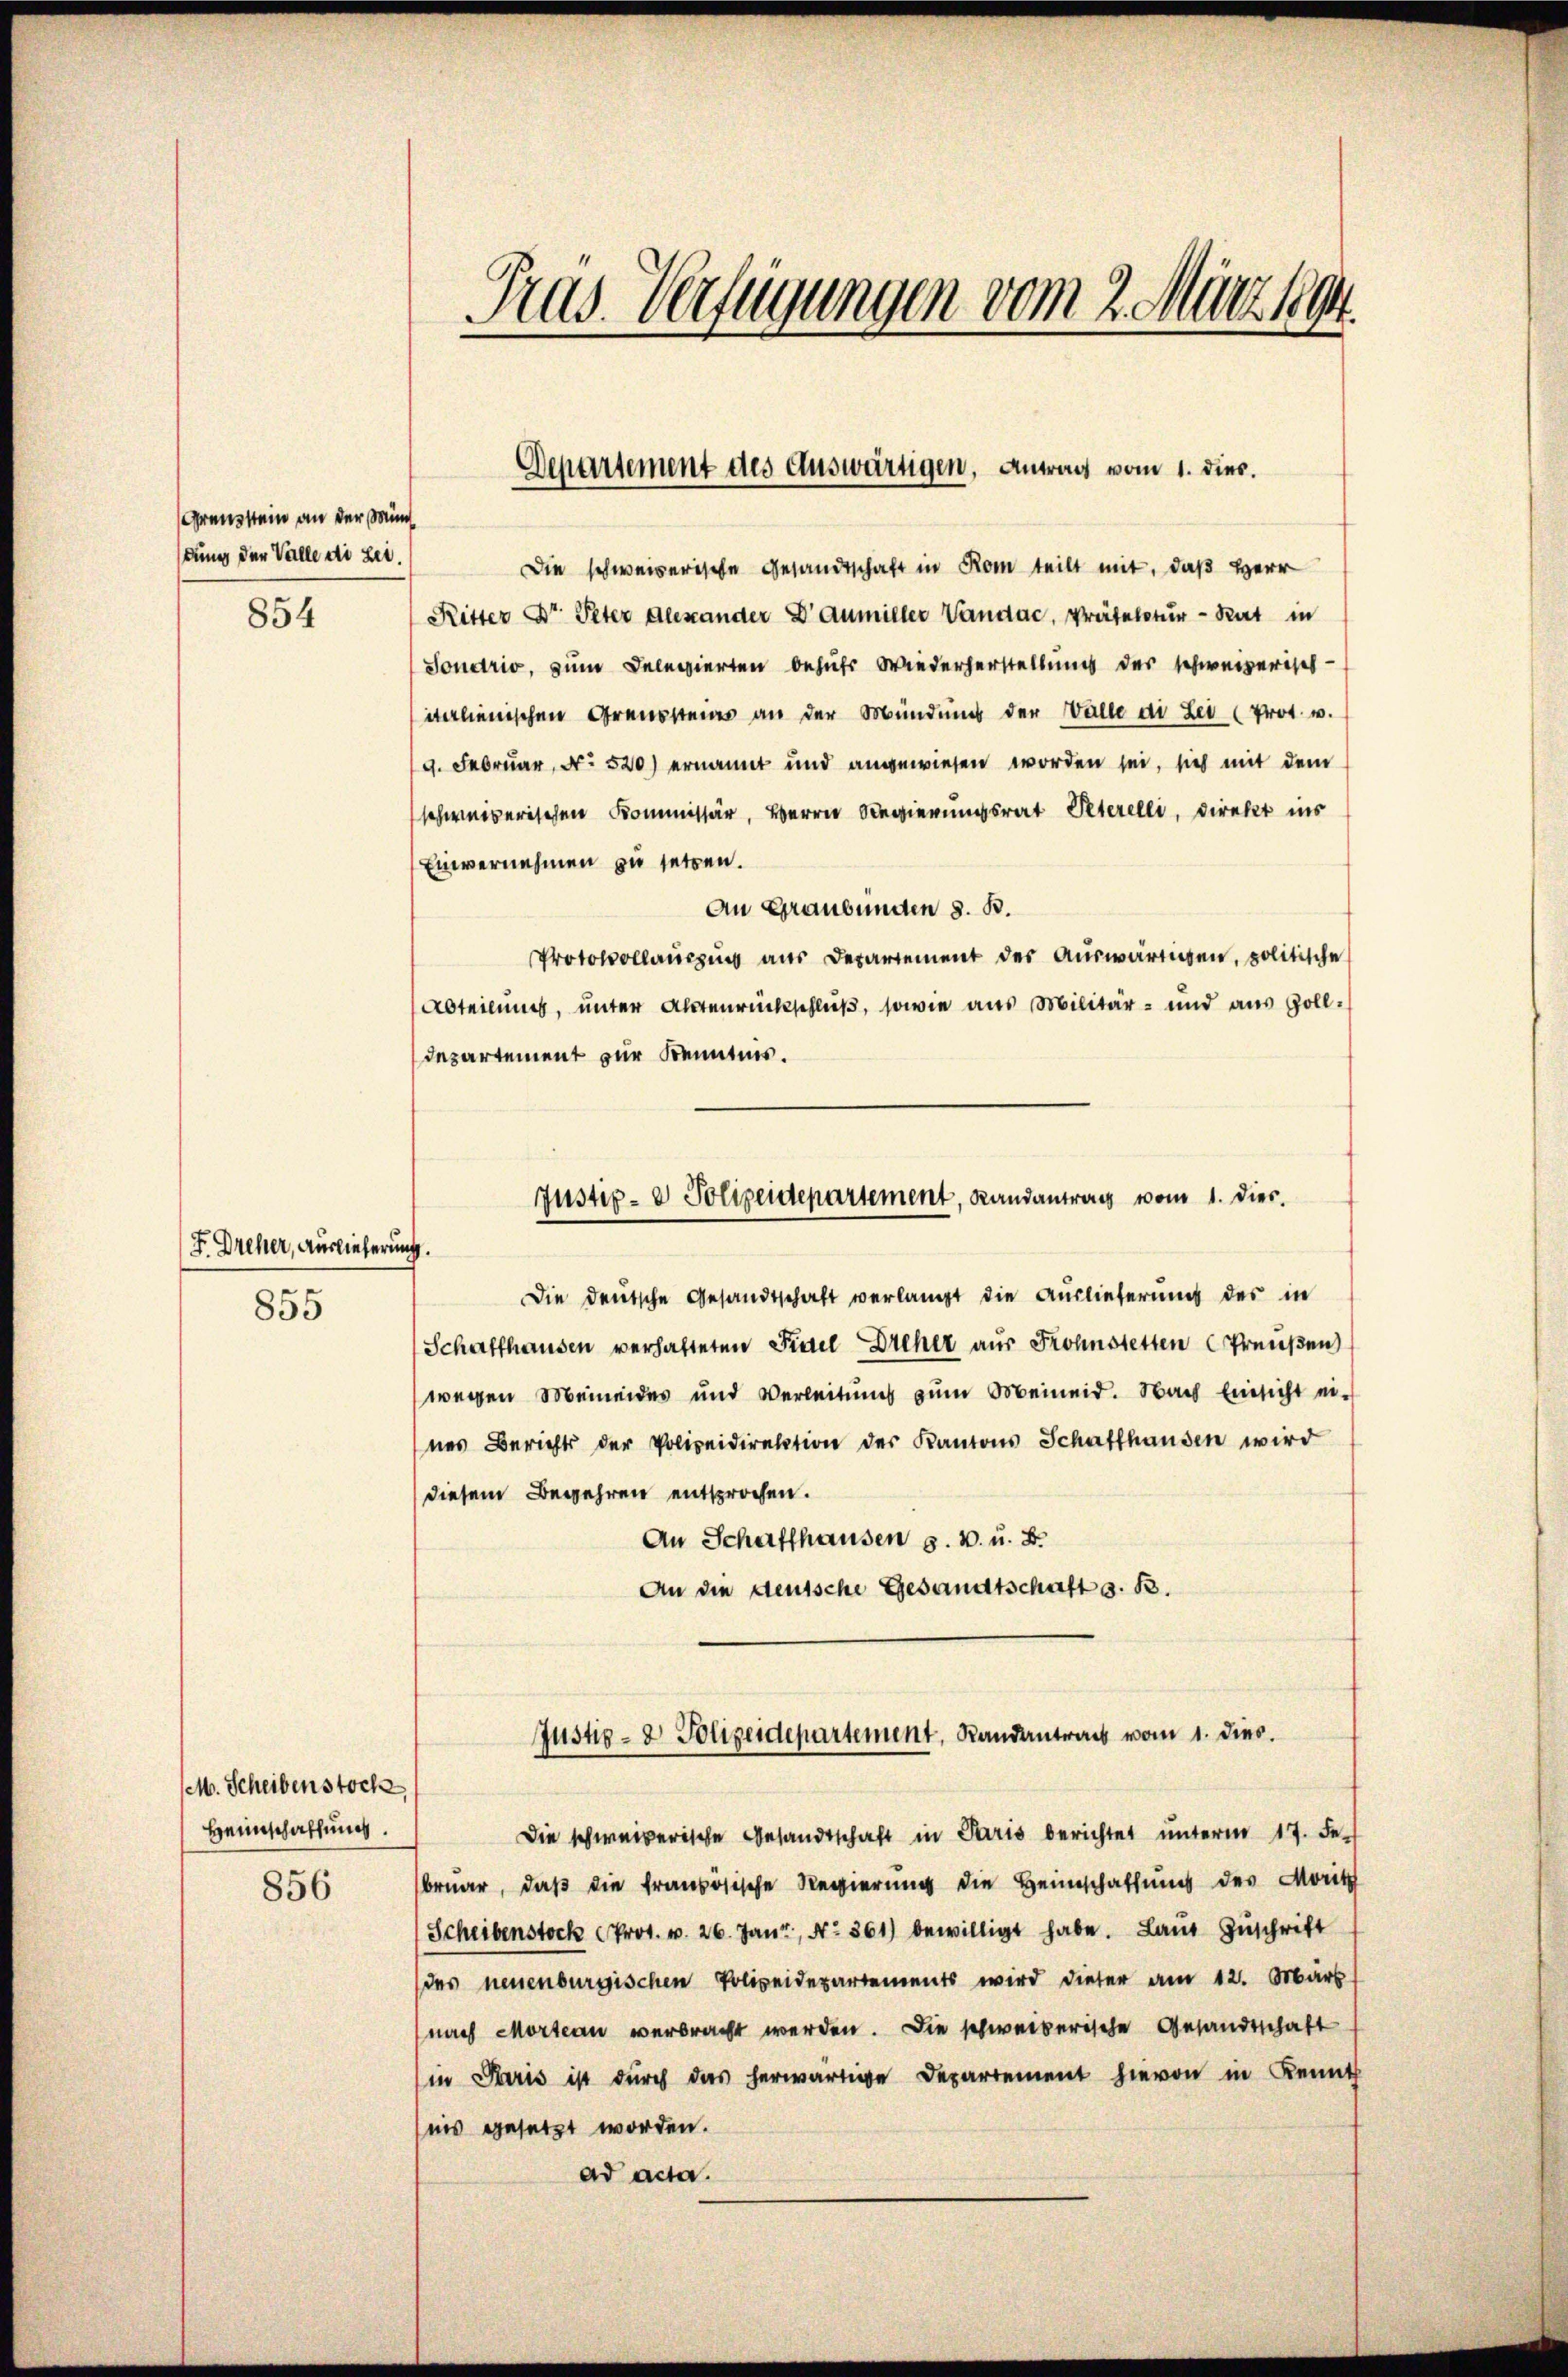
Grenzstein an der Münch
dung der Valle di sei.
854

F. Dreher, Auslieferung.
855

M. Scheibenstock,
Heimschaffung.
856

Tras Verfügungen vom 2. März 1894.

Departement des Auswärtigen, Antrag vom 1. dies.

Die schweizerische Gesandtschaft in Rom teilt mit, daß Herr
Ritter Dr. Peter Alexander Daumiller Vandac, Präfeletur - Rat in
Sondrio, zum Delegierten behufs Wiederherstellung der schweizerisch-
italienischen Grausstens an der Mündung der Walle di Lei (Prot. v.
9. Februar, No 520) ernannt und angewiesen worden sei, sich mit dem
schweizerischen Kommissär, Herrn Regierungsrat Peterelli, Direkt ins
Einvernehmen zu setzen.
An Graubünden 8. B.
Protokollauszung aus Departement der Auswärtigen, politische
Abteilung, unter Alpenrückschluß, sowie aus Militär- und aus Golldepartement zur Kenntnis.

Justiz- & Polizeidepartement, Landantrag vom 1. dies.

Die deutsche Gesandtschaft verlangt die Auslieferung des in
Schaffhausen verhalteten Fidel Dreher aus Frohnstetten Preußen)
wegen Meineides und Verleitung zum Meineid. Nach Einsicht ei-
nes Berichts der Polizeidirektion der Kantons Schaffhausen wird
diesem Begehren entsprochen.
An Schaffhausen s. v. u. B.
An die deutsche Gesandtschaft s. B.

Justiz- & Polizeidepartement, Randantrag vom 1. dies.

Die schweizerische Gesandtschaft in Paris berichtet unterm 17. Fe
bruar, daß die französische Regierung die Heimschaffung des Moritz
Scheibenstock Prot. v. 26. Jani, N. 361) bewilligt habe. Laut Zuschrift
des neuenburgischen Polizeidepartements wird dieser am 12. März
nach Mortan verbracht werden. Die schweizerische Gesandtschaft
in Paris ist durch das herwärtige Departement hievon in Kennt
iis gesetzt worden.
ad acta.